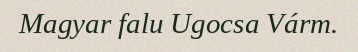
Magyar falu Ugocsa Várm.